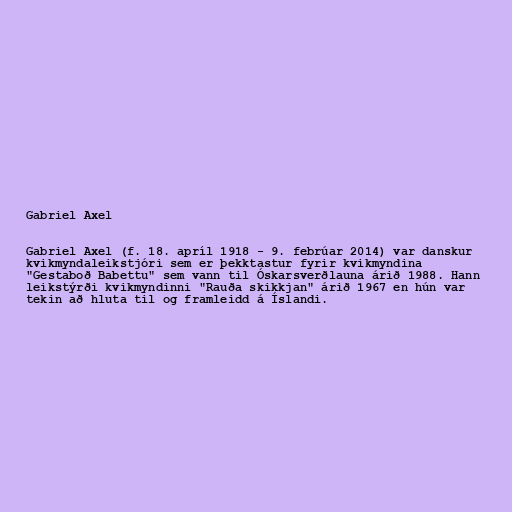
Gabriel Axel

Gabriel Axel (f. 18. apríl 1918 - 9. febrúar 2014) var danskur
kvikmyndaleikstjóri sem er þekktastur fyrir kvikmyndina
"Gestaboð Babettu" sem vann til Óskarsverðlauna árið 1988. Hann
leikstýrði kvikmyndinni "Rauða skikkjan" árið 1967 en hún var
tekin að hluta til og framleidd á Íslandi.